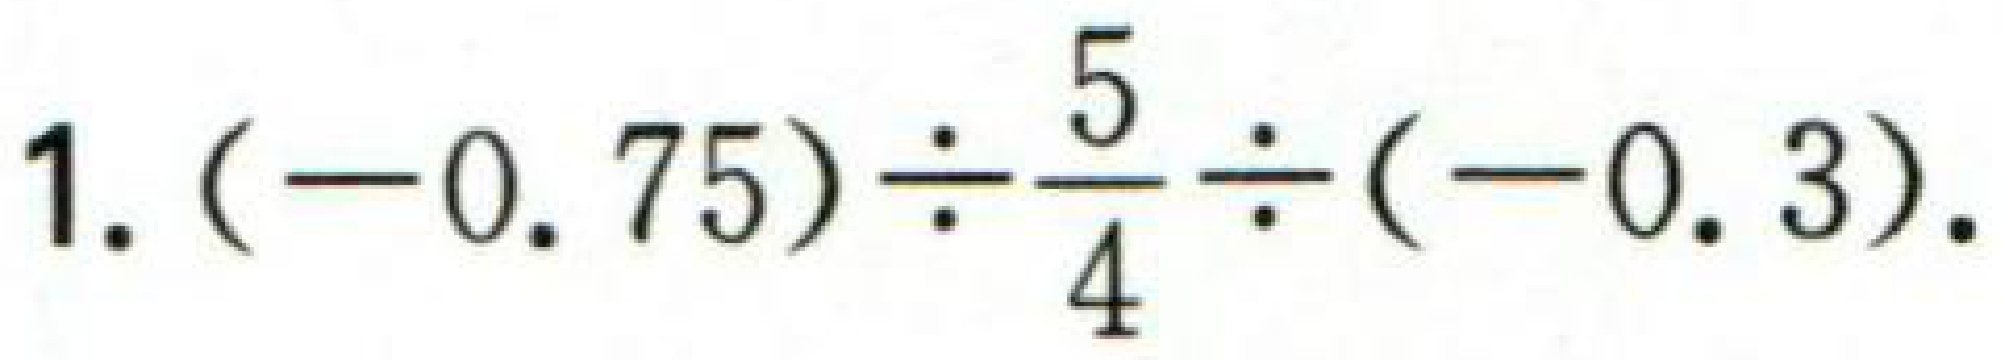
$1.(-0.75)\div\frac{5}{4}\div(-0.3).$